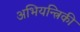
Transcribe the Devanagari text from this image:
अभियन्त्रिकी